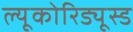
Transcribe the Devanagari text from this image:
ल्यूकोरिड्यूस्ड